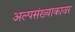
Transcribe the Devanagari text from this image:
अल्पसंख्याकावर